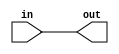
module io_buffer (
  input  wire in,
  output wire out
);

assign out = in;

endmodule